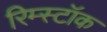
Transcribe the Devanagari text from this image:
रिम्स्टॉक